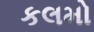
કલમો